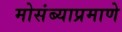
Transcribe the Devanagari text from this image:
मोसंब्याप्रमाणे